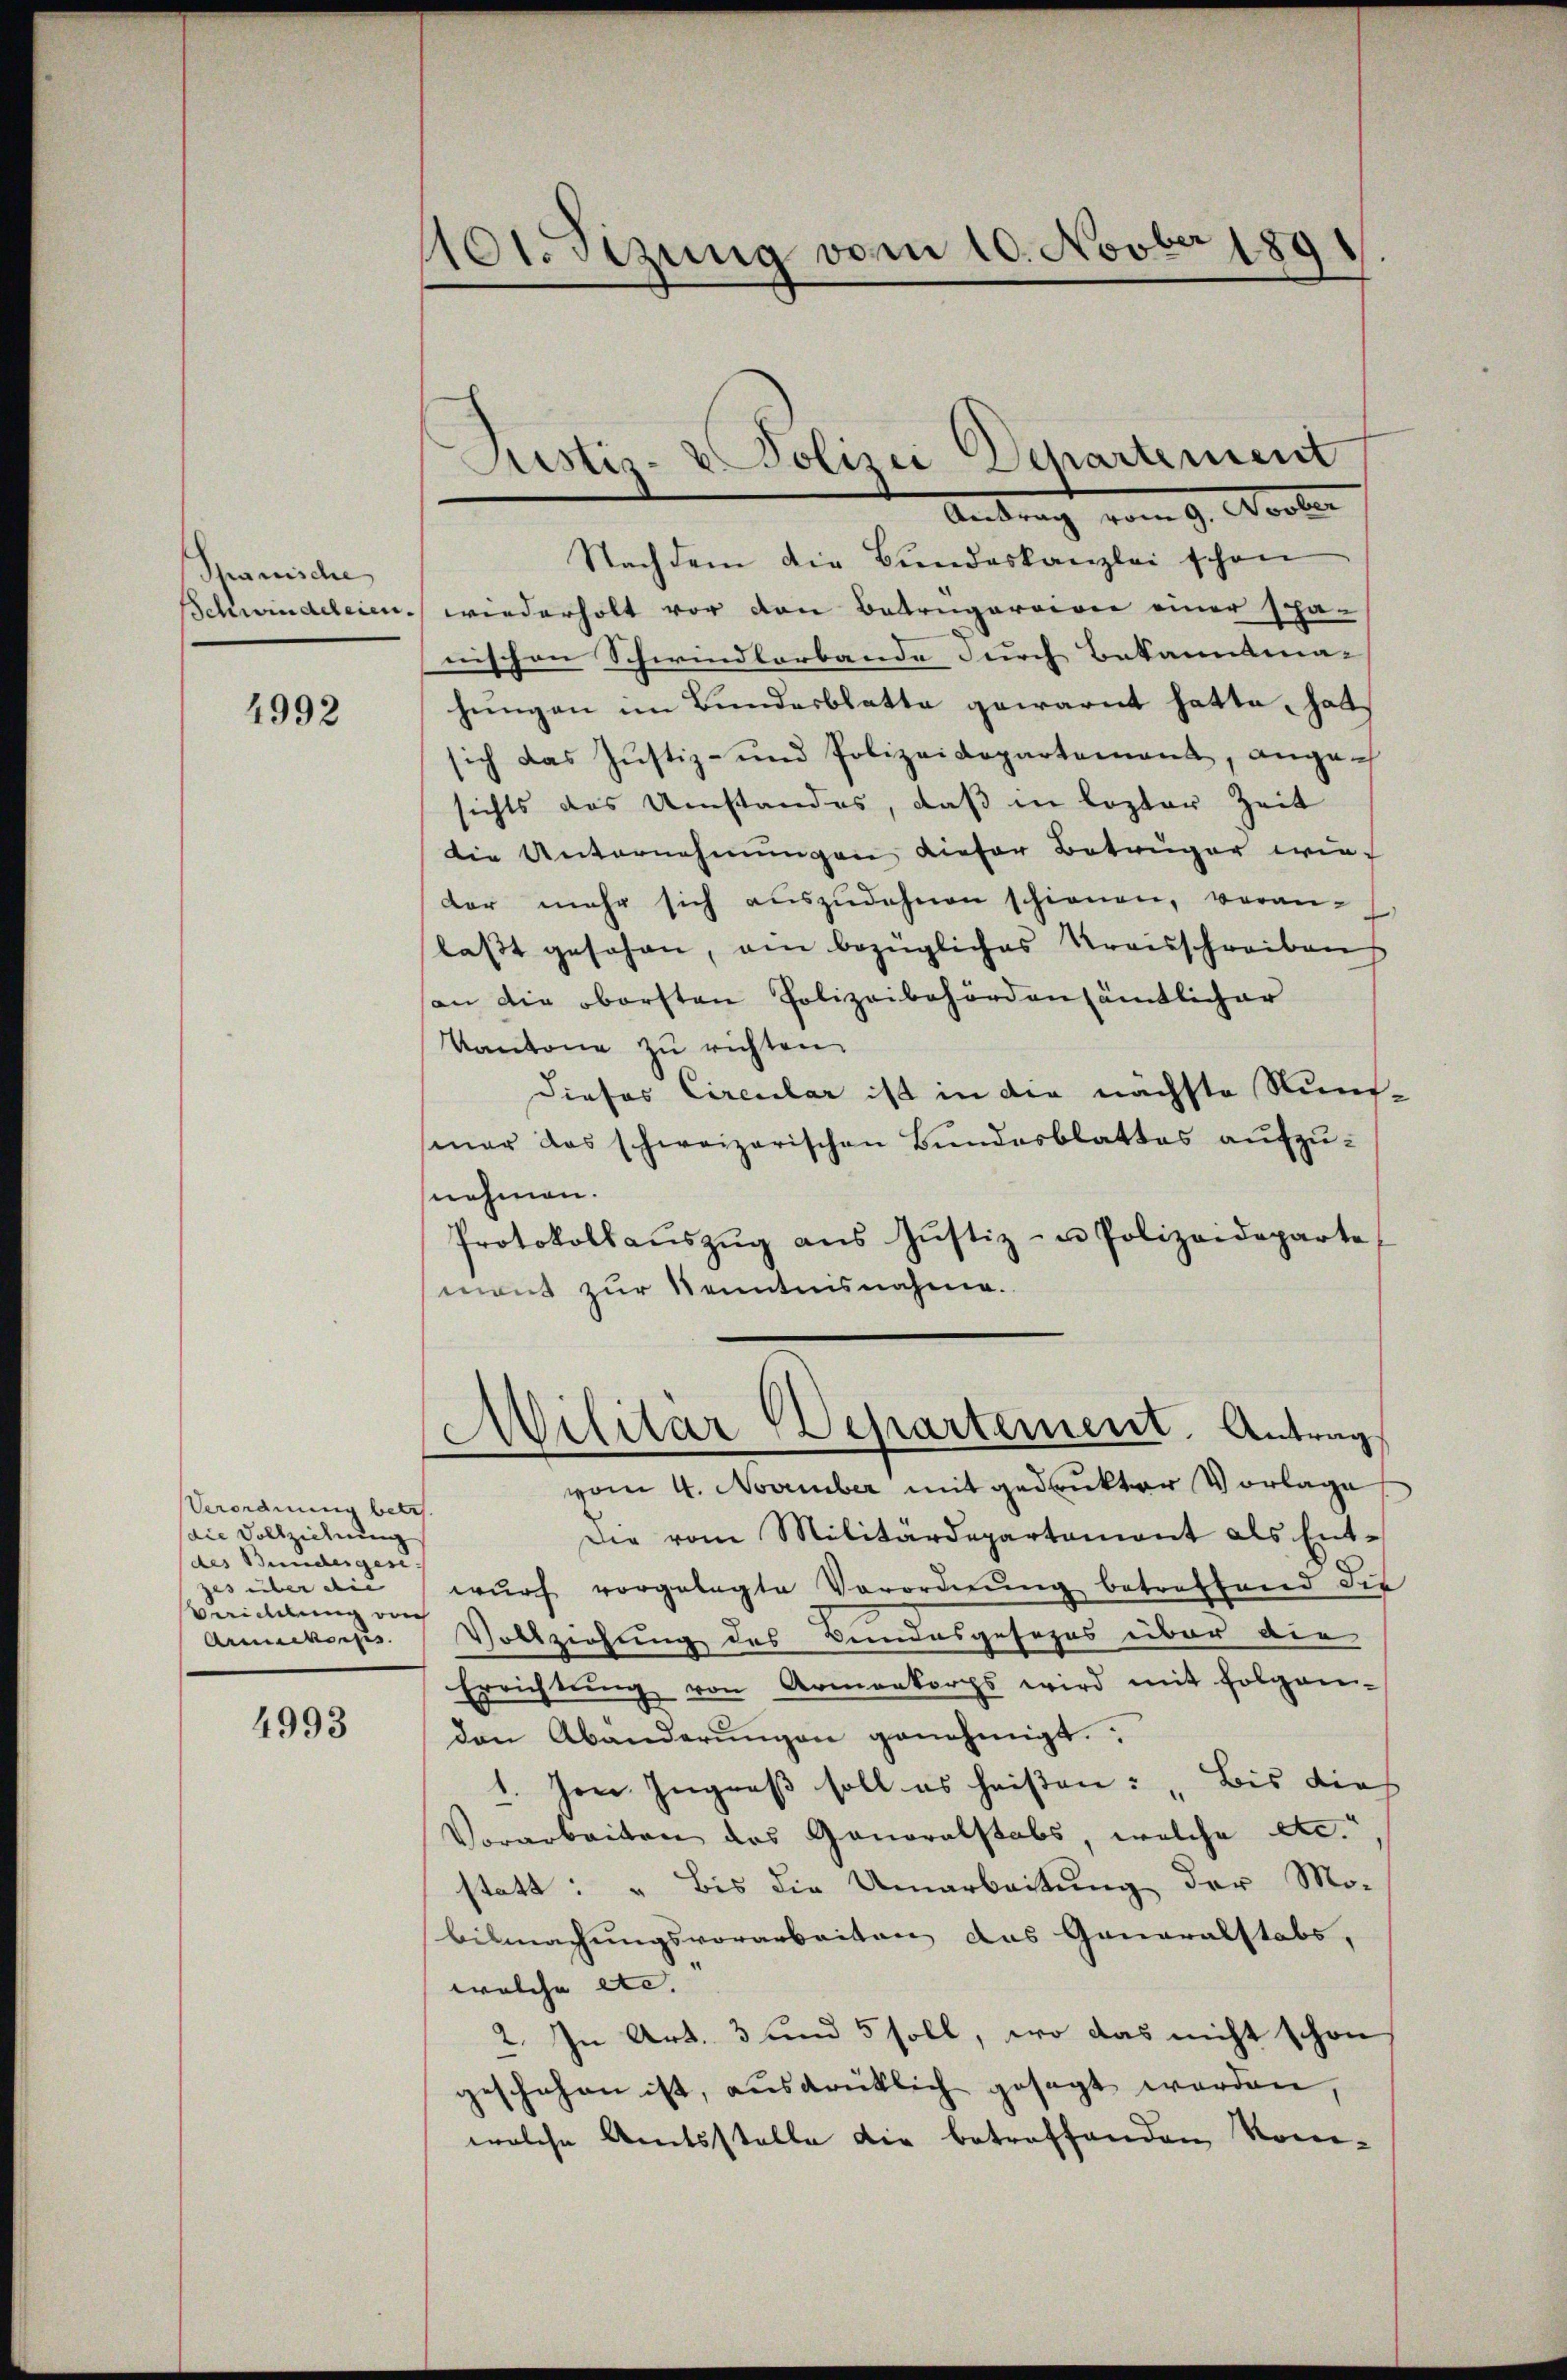
Spanische
Schwindeleien.

4992

Verordnung betr.
die Vollziehung
des Bundergese
zes über die |
Berichtung vor
Armeekorps

4993

Hodizung vom 10. Novber 1891

Nachdem die Bŭndeskanzlei schon
wiederholt vor von Betrugereivie einer scha-
nischen Schwindlerbande durch Bekannsma-
hungen im Bundesblatte gewarnt hatte, hat
sich das Justiz- und Polizeidepartement, ange-
sichts das Umstandes, daß in lezter Zeit
die Unternehmungen dieser Betruger wie-
dar mehr sich auszudehnen schienen, veran-
last gesehen, am bezügliches Kreisschreiben
an die obersten Polizeibehörden sämtlicher
Kantone zu richten.
Dieses Circular ist in die nächste Runs-
smer das schweizerischen Bundesblattes aufzunehmen.
Protokollaŭszŭg aŭs Jŭstiz- u Polizeideparte
mont zur Kenntnisnahme.
Militar Departement. Antrag
vom 4. November mit gedrukter Vorlage
Die vom Militärdepartament als Entwŭrf vorgelegte Verordnŭng betreffend die
Vollziehung des Bundesgesezes über die
Errichtŭng von Armenkorps wird mit folgen-
den Abänderŭngen genehmigt.
1. Jan. Ingreß soll es heißen: „Bis dies
Vorarbeiten das Ganoralstabs, welche etc.“
statt: „Bis die Umarbeitung der Mo-
bilmachungsvorarbeiten das Generalstabs,
welche etc. |
2. In Art. 3 und 5 soll, wo das nicht schon
geschehen ist, ausdrüklich gesagt worden,
welche Amtsstelle die betreffenden Kom¬

Justiz- & Polizei Departement
Antrag vom 9. Ausler